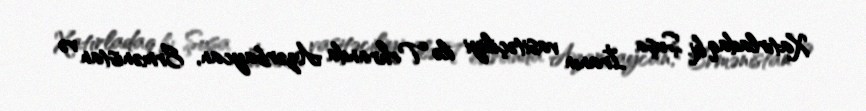
Xatırladaq ki, Şuşa İranın vasitəçiliyi ilə Tehranda Azərbaycan, Ermənistan və